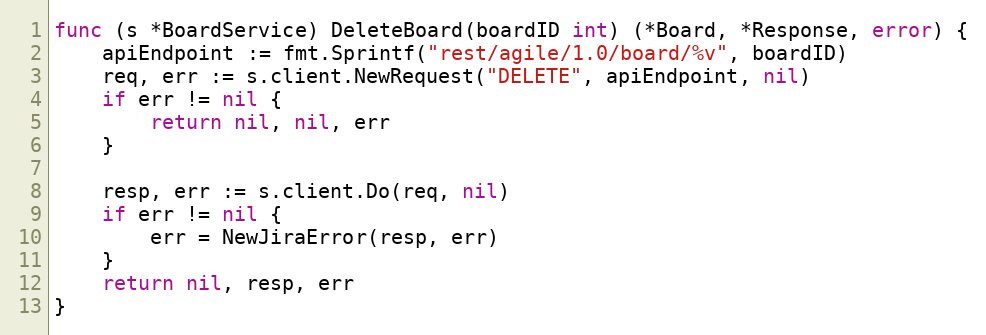
Language: Go
func (s *BoardService) DeleteBoard(boardID int) (*Board, *Response, error) {
	apiEndpoint := fmt.Sprintf("rest/agile/1.0/board/%v", boardID)
	req, err := s.client.NewRequest("DELETE", apiEndpoint, nil)
	if err != nil {
		return nil, nil, err
	}

	resp, err := s.client.Do(req, nil)
	if err != nil {
		err = NewJiraError(resp, err)
	}
	return nil, resp, err
}